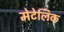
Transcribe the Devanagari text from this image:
मेटेलिक